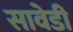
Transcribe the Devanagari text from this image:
सावेडी